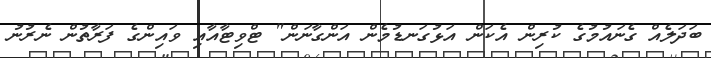
ބަދަލެއް ގެނައުމުގެ ކުރިން އެކަން އަޅުގަނޑުމެން އަންގާނަން" ޓްވިޓާއާއި ވައިންގެ ފަރާތުން ނެރުނު